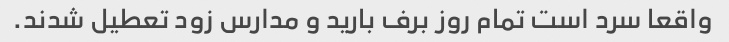
واقعا سرد است تمام روز برف بارید و مدارس زود تعطیل شدند.